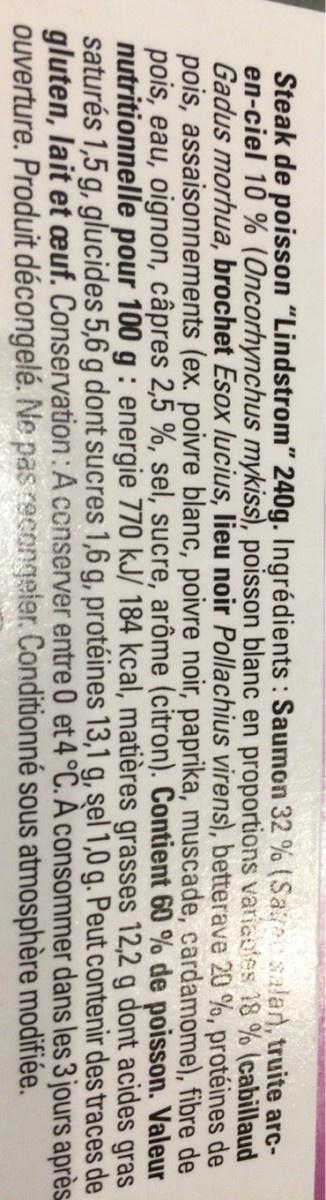
Steak de poisson "Lindstrom" 240g. Ingrédients : Saumon 32 % (Sa salan, truite arc- en-ciel 10 % (Oncorhynchus mykiss), poisson blanc en proportions variatfes 18 % (cabillaud Gadus morhua, brochet Esox lucius, lieu noir Pollachius virens), betterave 20 %, protéines de pois, assaisonnements (ex. poivre blanc, poivre noir, paprika, muscade, cardamome), fibre de pois, eau, oignon, câpres 2,5 %, sel, sucre, arôme (citron). Contient 60 % de poisson. Valeur nutritionnelle pour 100 g : energie 770 kJ/ 184 kcal, matières grasses 12,2 g dont acides gras saturés 1,5 g, glucides 5,6 g dont sucres 1,6 g, protéines 13,1 g, sel 1,0 g. Peut contenir des traces de gluten, lait et œuf. Conservation:A conserver entre 0 et 4°C. A consommer dans les 3 jours après ouverture. Produit décongelé. Ne pas recongeler. Conditionné sous atmosphère modifiée.